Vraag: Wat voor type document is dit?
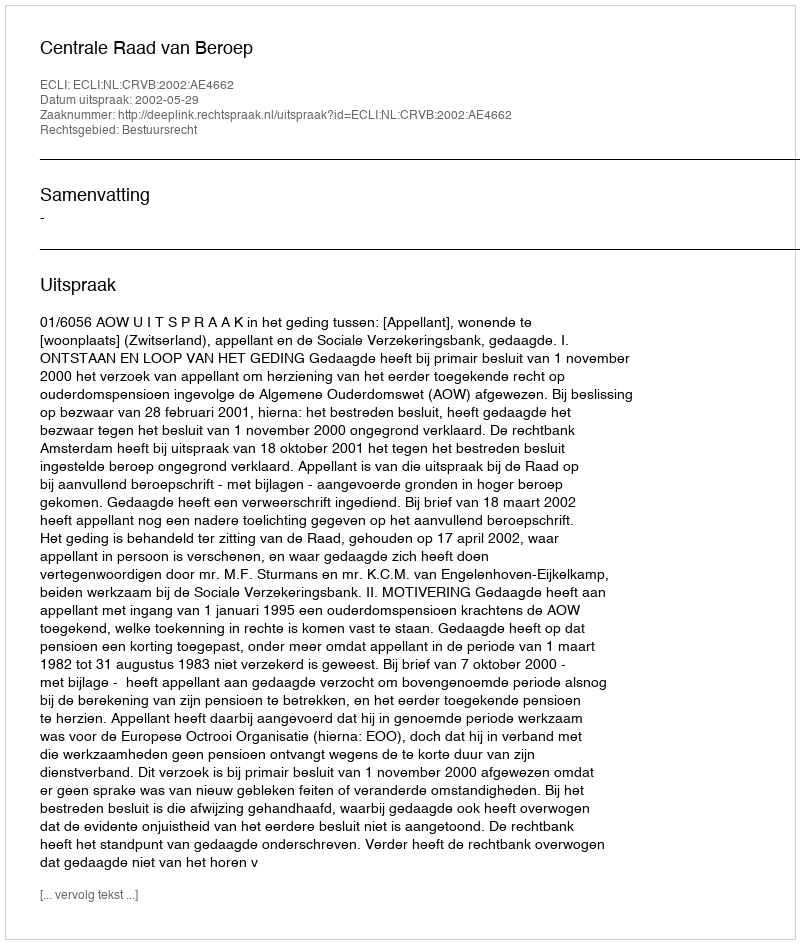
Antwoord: Uitspraak